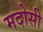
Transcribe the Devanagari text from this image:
मदोसी